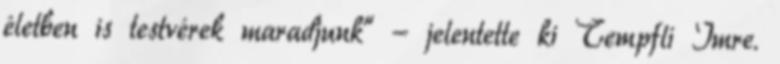
életben is testvérek maradjunk” - jelentette ki Tempfli Imre.